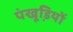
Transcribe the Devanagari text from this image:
पंखूडि़यों